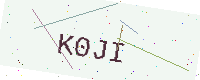
Text: K0JI